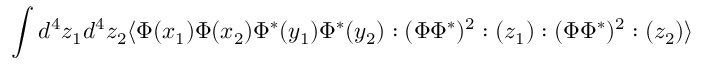
\int d ^ { 4 } z _ { 1 } d ^ { 4 } z _ { 2 } \langle \Phi ( x _ { 1 } ) \Phi ( x _ { 2 } ) \Phi ^ { * } ( y _ { 1 } ) \Phi ^ { * } ( y _ { 2 } ) : ( \Phi \Phi ^ { * } ) ^ { 2 } : ( z _ { 1 } ) : ( \Phi \Phi ^ { * } ) ^ { 2 } : ( z _ { 2 } ) \rangle